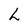
Character: h